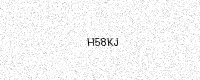
Text: H58KJ